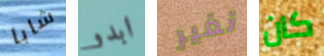
شابا ابدو نغير كان